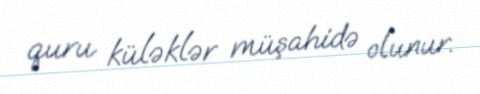
quru küləklər müşahidə olunur.